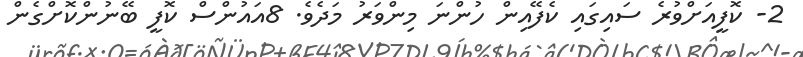
2- ކޮފީއަށްވުރެ ސައިގައި ކެފޭއިން ހުންނަ މިންވަރު މަދެވެ. 8އައުންސް ކޮފީ ބޭނުންކޮށްގެން